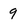
Character: 9